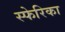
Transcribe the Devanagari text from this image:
स्फेरिका